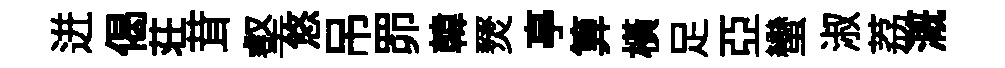
迸偈荘茸壑悠吊𦊑韓燹亭算横足亞蠻淑荔溉